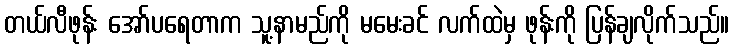
တယ်လီဖုန်း အော်ပရေတာက သူ့နာမည်ကို မမေးခင် လက်ထဲမှ ဖုန်းကို ပြန်ချလိုက်သည်။